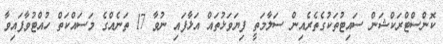
ކޮންސްޓްރަކްޝަން ސައިޓުތަކުގެތެރެއިން ސަލާމަތީ ފިޔަވަޅުތައް އަޅާފައި ނުވާ 17 ތަނެއްގެ މަސައްކަތް ހުއްޓުވާފައިވާ